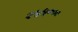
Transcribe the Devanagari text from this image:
२५५०००